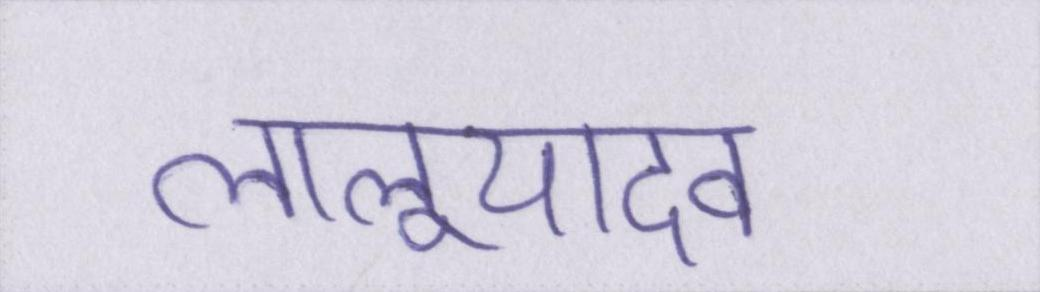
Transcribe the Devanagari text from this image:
लालूयादव